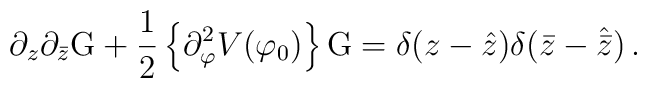
\partial_z\partial_{\bar{z}}\mbox{G}+\frac{1}{2}\left\{\partial_{\varphi}^2V(\varphi_0)\right\}\mbox{G}=\delta(z-\hat{z})\delta(\bar{z}-\hat{\bar{z}})\,.